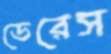
ডেরেস